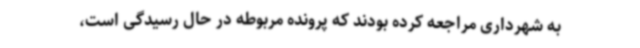
به شهرداری مراجعه کرده بودند که پرونده مربوطه در حال رسیدگی است،